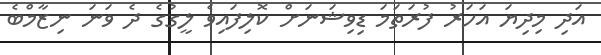
އަދި މިދިޔަ އަހަރު ފުރަތަމަ ޑިވިޝަނަށް ކޮލިފައިވެ ލީގުގެ ދެ ވަނަ ނިޒާމްބެ